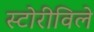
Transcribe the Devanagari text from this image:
स्टोरीविले